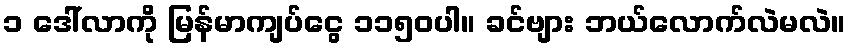
၁ ဒေါ်လာကို မြန်မာကျပ်ငွေ ၁၁၅၀ပါ။ ခင်ဗျား ဘယ်လောက်လဲမလဲ။